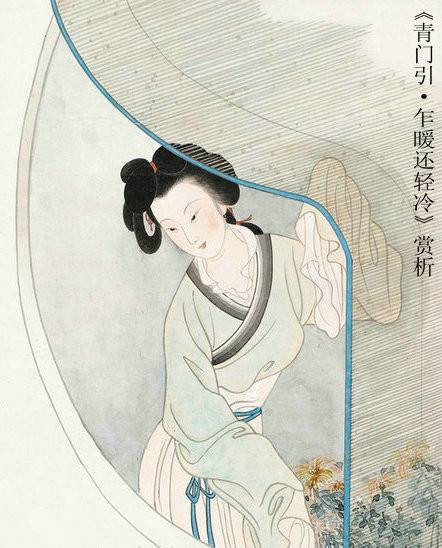
乍暖还轻冷。